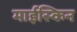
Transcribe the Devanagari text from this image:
माईस्किन